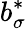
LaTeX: b_{\sigma}^{*}